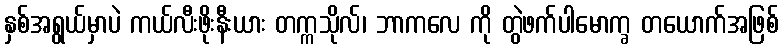
နှစ်အရွယ်မှာပဲ ကယ်လီးဖိုးနီးယား တက္ကသိုလ်၊ ဘာကလေ ကို တွဲဖက်ပါမောက္ခ တယောက်အဖြစ်